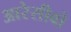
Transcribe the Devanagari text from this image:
आरेसीबो